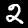
Digit: 2